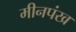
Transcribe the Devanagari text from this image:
मीनपंख